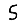
Digit: 5